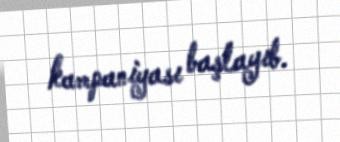
kampaniyası başlayıb.